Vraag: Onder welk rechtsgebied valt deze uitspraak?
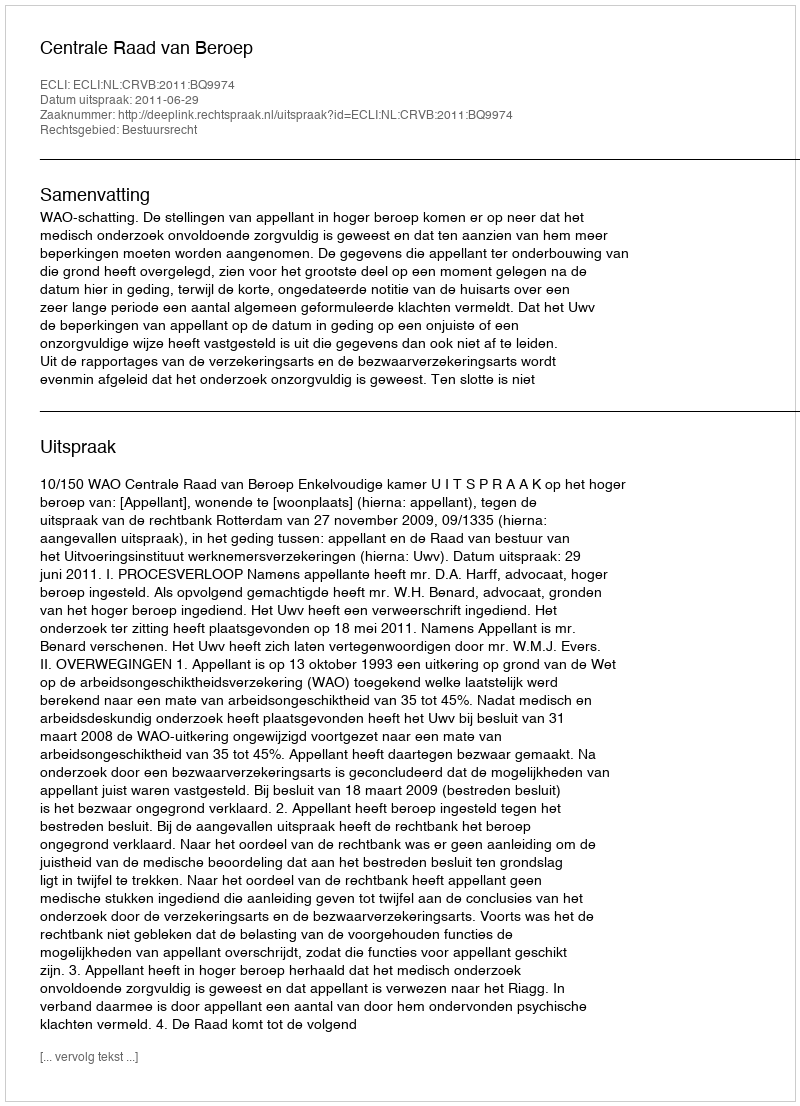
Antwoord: Bestuursrecht